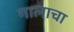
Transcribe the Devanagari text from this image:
गालाचा